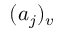
( a _ { j } ) _ { v }